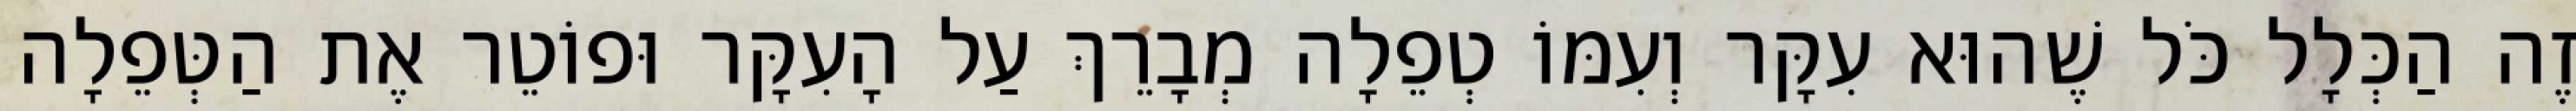
זֶה הַכְּלָל כֹּל שֶׁהוּא עִקָּר וְעִמּוֹ טְפֵלָה מְבָרֵךְ עַל הָעִקָּר וּפוֹטֵר אֶת הַטְּפֵלָה